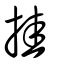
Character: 挂